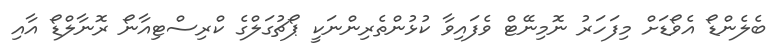
ބެލެންޑޯ އެވޯޑަށް މިފަހަރު ނޮމިނޭޓް ވެފައިވާ ކުޅުންތެރިންނަކީ ޕޯޗުގަލްގެ ކްރިސްޓިއާނޯ ރޮނާލްޑޯ އާއި